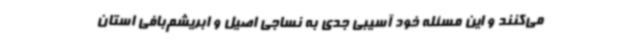
می‌کنند و این مسئله خود آسیبی جدی به نساجی اصیل و ابریشم‌بافی استان